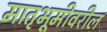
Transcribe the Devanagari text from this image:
मातृभूमीवरील